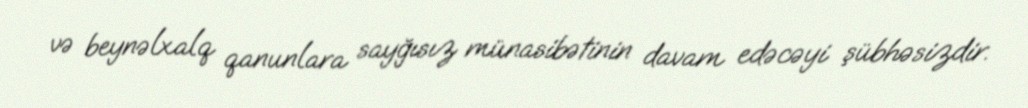
və beynəlxalq qanunlara sayğısız münasibətinin davam edəcəyi şübhəsizdir.